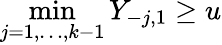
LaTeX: \operatorname*{min}_{j=1,\dots,k-1}Y_{-j,1}\geq u